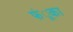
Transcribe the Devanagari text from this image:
फंूका